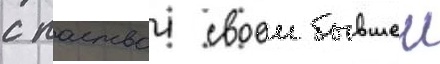
с паствои своеи бывшеи